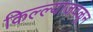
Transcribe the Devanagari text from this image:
किल्ल्याजवळून